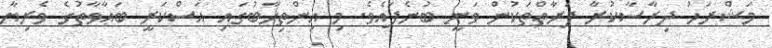
މަޝްރަހު ދިރާސާކުރާ ފަރާތްތަކުން ވަނީ ބުނެފައެވެ. މި އިންތިހާބުގައި އަސްކަރީ ބަޢާވާތުގެ ވެރިޔާ